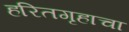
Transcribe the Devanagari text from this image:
हरितगृहाचा